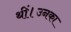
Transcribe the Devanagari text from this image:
थीं।उनका